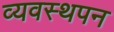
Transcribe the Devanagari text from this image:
व्यवस्थपन